Language: tamil
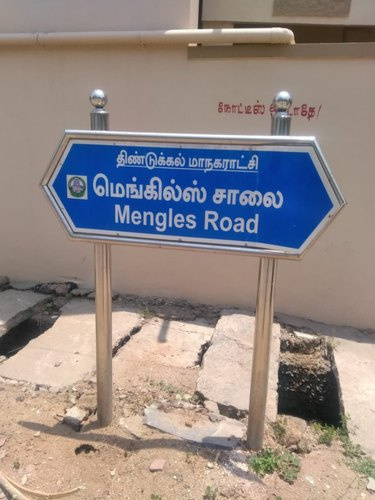
Transcription: நோட்டீஸ் திண்டுக்கல் மாநகராட்சி சாலை மெங்கில்ஸ்